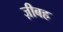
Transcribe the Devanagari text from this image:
ज़ीबह